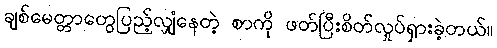
ချစ်မေတ္တာတွေပြည့်လျှံနေတဲ့ စာကို ဖတ်ပြီးစိတ်လှုပ်ရှားခဲ့တယ်။